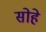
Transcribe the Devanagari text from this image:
सोहे